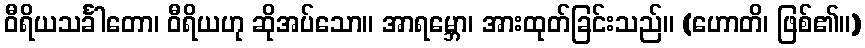
ဝီရိယသင်္ခါတော၊ ဝီရိယဟု ဆိုအပ်သော။ အာရမ္ဘော၊ အားထုတ်ခြင်းသည်။ (ဟောတိ၊ ဖြစ်၏။)